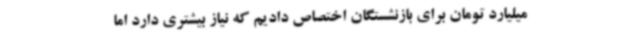
میلیارد تومان برای بازنشستگان اختصاص دادیم که نیاز بیشتری دارد اما